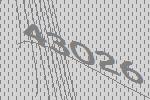
43026